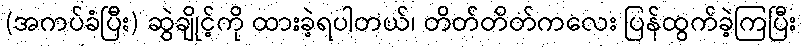
(အကပ်ခံပြီး) ဆွဲချိုင့်ကို ထားခဲ့ရပါတယ်၊ တိတ်တိတ်ကလေး ပြန်ထွက်ခဲ့ကြပြီး